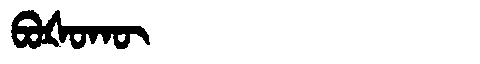
Manchu: ᠪᠣᡧᠣᡴᡡ
Romanization: BOŠOKŪ